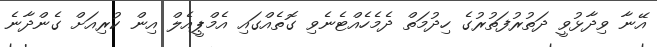
އޭނާ ވިދާޅުވީ ދަތުރުފަތުރުގެ ހިދުމަތް ދެމެހެއްޓެނެވި ގޮތެއްގައި އެމްޕީއެލް އިން ކުރިއަށް ގެންދާނެ